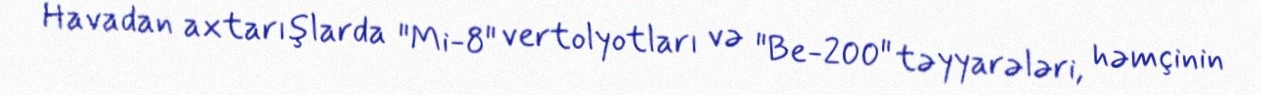
Havadan axtarışlarda "Mi-8" vertolyotları və "Be-200" təyyarələri, həmçinin